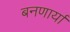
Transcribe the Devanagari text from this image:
बनणार्या